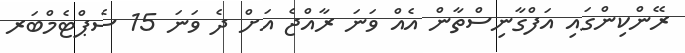
ރޭންކިންގައި އަފްގާނިސްތާން އެއް ވަނަ ރާއްޖެ އަށް ދެ ވަނަ 15 ސެޕްޓެމްބަރ